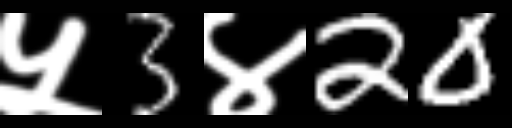
Text: ५3४20